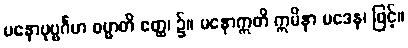
မနောပုဗ္ဗင်္ဂမာ ဓမ္မာတိ ဧတ္ထ၊ ၌။ မနောဣတိ ဣမိနာ ပဒေန၊ ဖြင့်။